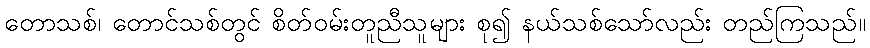
တောသစ်၊ တောင်သစ်တွင် စိတ်ဝမ်းတူညီသူများ စု၍ နယ်သစ်သော်လည်း တည်ကြသည်။